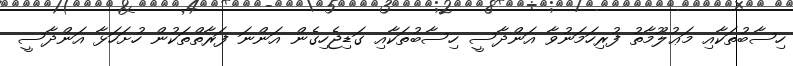
ހިސާބުތަކާއި މަޢުލޫމާތު ފުރިހަމަނުވާ އަންދާސީ ހިސާބުތަކާއި ގަޑިޖެހިގެން އަންނަ ފަރާތްތަކުން ހުށަހަޅާ އަންދާސީ